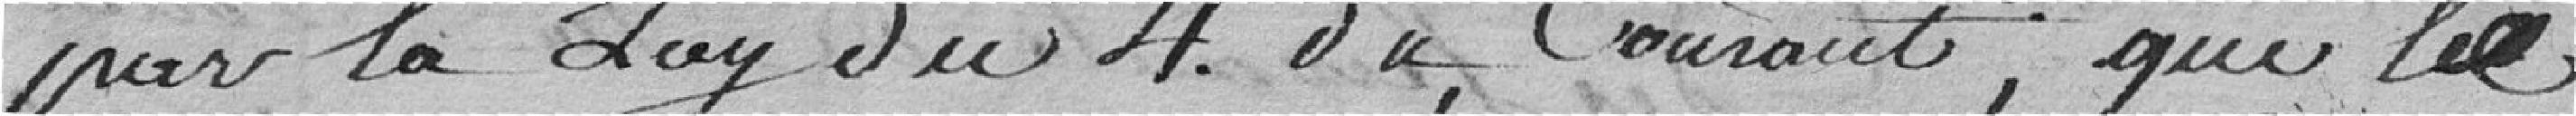
par la loy du 4 du courant, que le